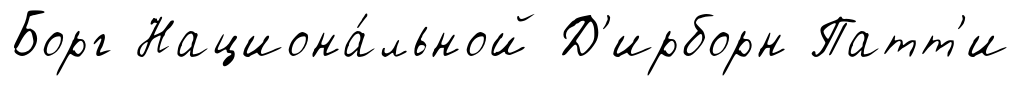
Борг Национа́льной Д'ирборн Патт'и